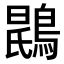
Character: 𫛂